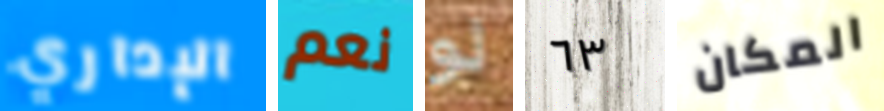
الإداري نعم لو ٦٣ المكان